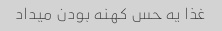
غذا یه حس کهنه بودن میداد